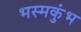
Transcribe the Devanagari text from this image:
भस्मकुंभ